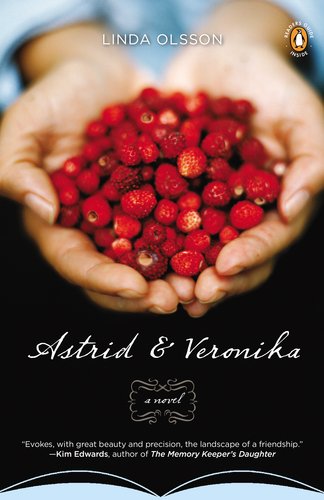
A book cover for Astrid and Veronika; Linda Olsson; Literature & Fiction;